Calcutta medical institutions reports 1871-78
Year: 1871
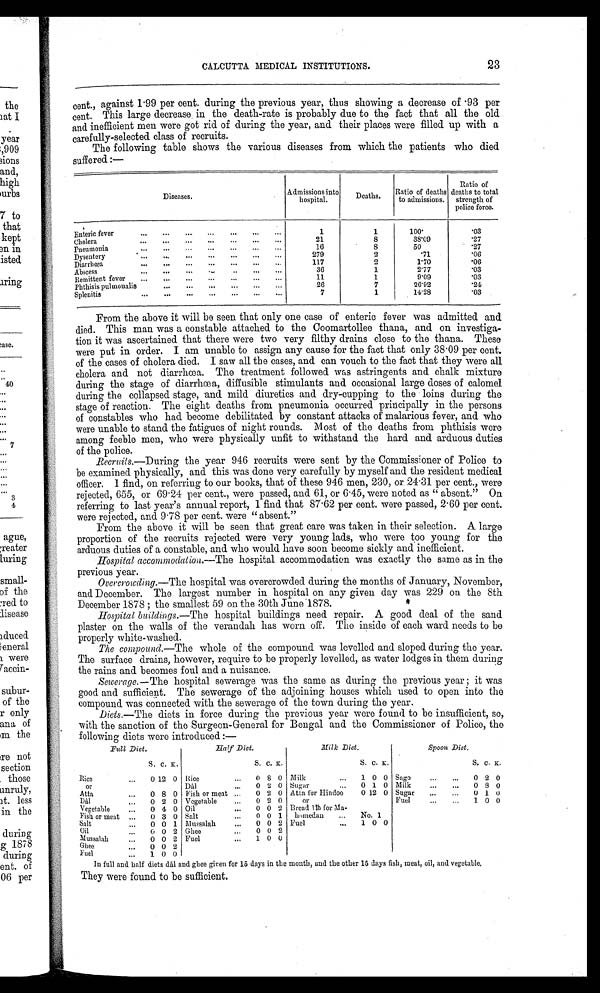
CALCUTTA MEDICAL INSTITUTIONS. 23
cent., against 1.99 per cent. during the previous year, thus showing a decrease of 93 per
cent. This large decrease in the death-rate is probably due to the fact that all the old
and inefficient men were got rid of during the year, and their places were filled up with a
carefully-selected class of recruits.
The following table shows the various diseases from which the patients who died
suffered:—
Diseases.
Admissions into
hospital.
Deaths. Ratio of deaths
to admissions.
Ratio of
deaths to total
strength of
police force.
Enteric fever
1
1
100
.03
Cholera
21
8
38.09
.27
Pneumonia
16
8
50
.27
Dysentery
279
2
.71
. 0 6
Diarrhœa
117
2
1.70
.06
Abscess
36
1
2.77
.03
Remittent fever
11
1
9.09
.03
Phthisis pulmonalis
26
7
26.92
.24
Splenitis
7
1 14.28
.03
From the above it will be seen that only one case of enteric fever was admitted and
died. This man was a constable attached to the Coomartollee thana, and on investiga-
tion it was ascertained that there were two very filthy drains close to the thana. These
were put in order. I am unable to assign any cause for the fact that only 38.09 per cent.
of the cases of cholera died. I saw all the cases, and can vouch to the fact that they were all
cholera and not diarrhœa. The treatment followed was astringents and chalk mixture
during the stage of diarrhœa, diffusible stimulants and occasional large doses of calomel
during the collapsed stage, and mild diuretics and dry-cupping to the loins during the
stage of reaction. The eight deaths from pneumonia occurred principally in the persons
of constables who had become debilitated by constant attacks of malarious fever, and who
were unable to stand the fatigues of night rounds. Most of the deaths from phthisis were
among feeble men, who were physically unfit to withstand the hard and arduous duties
of the police.
Recruits.—During the year 946 recruits were sent by the Commissioner of Police to
be examined physically, and this was done very carefully by myself and the resident medical
officer. I find, on referring to our books, that of these 946 men, 230, or 24.31 per cent., were
rejected, 655, or 69.24 per cent., were passed, and 61, or 6.45, were noted as "absent." On
referring to last year's annual report, I find that 87.62 per cent. were passed, 2.60 per cent.
were rejected, and 9.78 per cent. were "absent."
From the above it will be seen that great care was taken in their selection. A large
proportion of the recruits rejected were very young lads, who were too young for the
arduous duties of a constable, and who would have soon become sickly and inefficient.
Hospital accommodation .—The hospital accommodation was exactly the same as in the
previous year.
Overcrowding .—The hospital was overcrowded during the months of January, November,
and December. The largest number in hospital on any given day was 229 on the 8th
December 1878; the smallest 59 on the 30th June 1878.
Hospital buildings .—The hospital buildings need repair. A good deal of the sand
plaster on the walls of the verandah has worn off. The inside of each ward needs to be
properly white-washed.
The compound.—The whole of the compound was levelled and sloped during the year.
The surface drains, however, require to be properly levelled, as water lodges in them during
the rains and becomes foul and a nuisance.
Sewerage. — The hospital sewerage was the same as during the previous year; it was
good and sufficient. The sewerage of the adjoining houses which used to open into the
compound was connected with the sewerage of the town during the year.
Diets .—The diets in force during the previous year were found to be insufficient, so,
with the sanction of the Surgeon-General for Bengal and the Commissioner of Police, the
following diets were introduced:—
Full Diet.
Half Diet.
Mille Diet.
Spoon Diet.
S. C. K.
S. C. K.
S. C. K.
S. C. K.
Rice
0 12 0 Rice
0 8 0 Milk
1 0 0 Sago
0 2 0
or
Dill
0 2 0 Sugar
0 1 0 Milk
0 8 0
Atta
0 8 0 Fish or meat
0 2 0 Atta for Hindoo
0 12 0 Sugar
0 1 0
Dill
0 2 0 Vegetable
0 2 0
or
Fuel
1 0 0
Vegetable
0 4 0 Oil
0 0 2 Bread lib for Ma.
Fish or meat
0 3 0 Salt
0 0 1 homedan
No. 1
Salt
0 0 1 Mussalah
0 0 2 Fuel
1 0 0
Oil
0 2 Ghee
0 0 2
Mussalah
0 0 2 Fuel
1 0 0
Ghee
0 0 2
Fuel
1 0 0
In full and half diets dall and ghee given for 15 days in the month, and the other 15 days fish, meat, oil, and vegetable.
They were found to be sufficient.